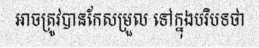
អាចត្រូវបានកែសម្រួល ទៅក្នុងបរិបទថា